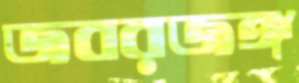
জবরজঙ্গ